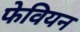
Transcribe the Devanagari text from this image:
फेवियन